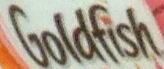
Goldfish